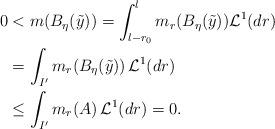
LaTeX: \begin{align*} 0&<m(B_{\eta}(\tilde{y}))=\int_{l-r_0}^{l}m_r(B_{\eta}(\tilde{y}))\mathcal{L}^1(dr)\\ &=\int_{I'}m_r(B_{\eta}(\tilde{y}))\,\mathcal{L}^1(dr)\\ &\leq \int_{I'}m_r(A)\,\mathcal{L}^1(dr)=0. \end{align*}